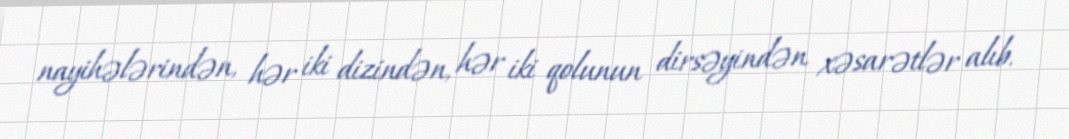
nayihələrindən, hər iki dizindən, hər iki qolunun dirsəyindən xəsarətlər alıb.